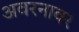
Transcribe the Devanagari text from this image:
अवरनावर